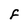
Character: F